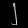
Digit: ၂